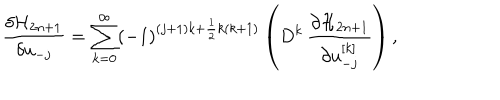
LaTeX: { \frac { \delta { \cal H } _ { 2 n + 1 } } { \delta u _ { - j } } } = \sum _ { k = 0 } ^ { \infty } ( - 1 ) ^ { ( j + 1 ) k + { \frac { 1 } { 2 } } k ( k + 1 ) } \left( D ^ { k } \, { \frac { \partial { \cal H } _ { 2 n + 1 } } { \partial u _ { - j } ^ { [ k ] } } } \right) ,